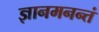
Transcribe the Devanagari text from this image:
ज्ञानमनन्तं